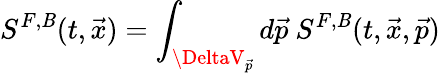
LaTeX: S^{F,\mathit{B}}(t,\vec{{x}})=\int_{\DeltaV_{\vec{{p}}}}d\vec{{p}}\ S^{F,\mathit{B}}(t,\vec{{x}},\vec{{p}})